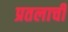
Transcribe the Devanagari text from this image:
प्रतलाची